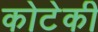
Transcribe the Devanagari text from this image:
कोटेकी